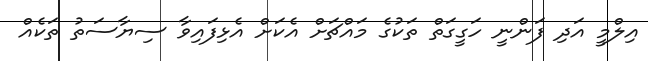
އިލްމީ އަދި ފަންނީ ހަގީގަތް ތަކުގެ މައްޗަށް އެކަށް އެޅިފައިވާ ސިޔާސަތު ތަކެއް